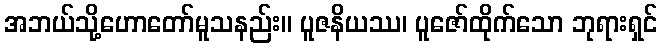
အဘယ်သို့ဟောတော်မူသနည်း။ ပူဇနိယဿ၊ ပူဇော်ထိုက်သော ဘုရားရှင်